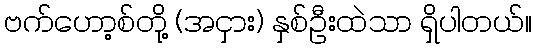
ဗက်ဟော့စ်တို့ (အငှား) နှစ်ဦးထဲသာ ရှိပါတယ်။